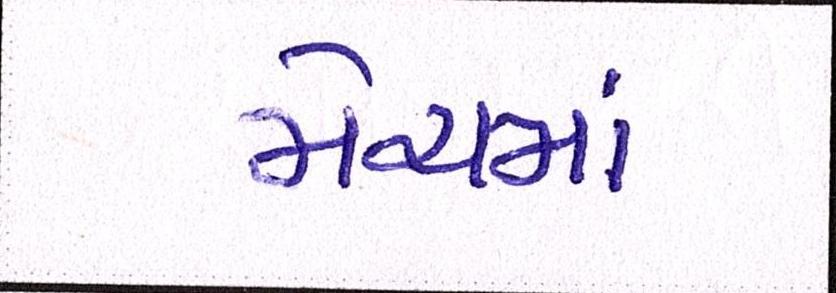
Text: મેચમાં